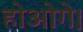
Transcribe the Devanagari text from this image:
होओगे।